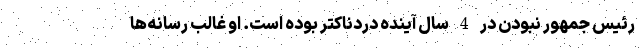
رئیس جمهور نبودن در 4 سال آینده دردناکتر بوده است. او غالب رسانه‌ها